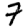
Digit: 7